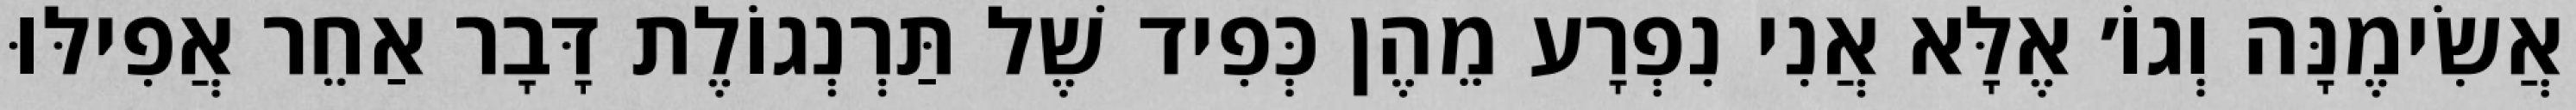
אֲשִׂימֶנָּה וְגוֹ׳ אֶלָּא אֲנִי נִפְרָע מֵהֶן כְּפִיד שֶׁל תַּרְנְגוֹלֶת דָּבָר אַחֵר אֲפִילּוּ